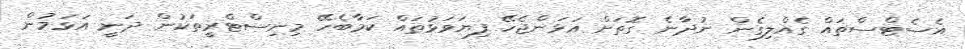
އެސެޓްސްތައް ގެއްލިގެން ނުދާނެ ގޮތަށް އަޅަންޖެހޭ ފިޔަވަޅުތައް ކަމާބެހޭ މިނިސްޓްރީތަކުން ދަނީ އަޅަމުން